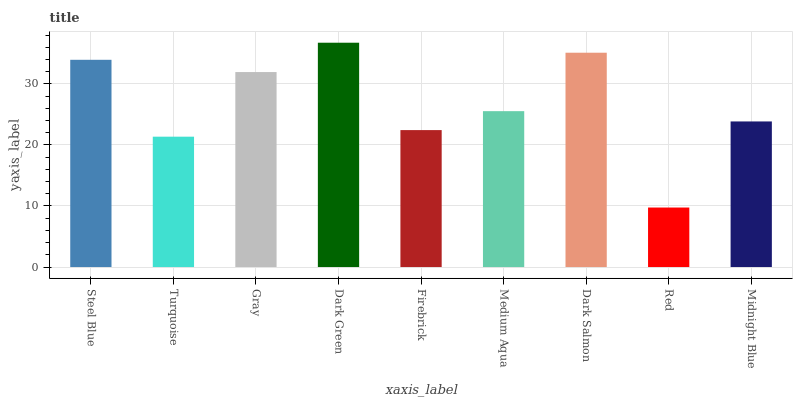
| xaxis_label | bars |
 | --- | --- |
 | Steel Blue | 33.9 |
 | Turquoise | 21.4 |
 | Gray | 31.9 |
 | Dark Green | 36.7 |
 | Firebrick | 22.4 |
 | Medium Aqua | 25.5 |
 | Dark Salmon | 35.1 |
 | Red | 9.75 |
 | Midnight Blue | 23.8 |